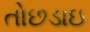
તોછડાઇ